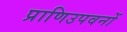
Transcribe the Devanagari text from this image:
प्राणिउपवनों